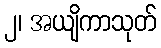
၂၊ အယျိကာသုတ်